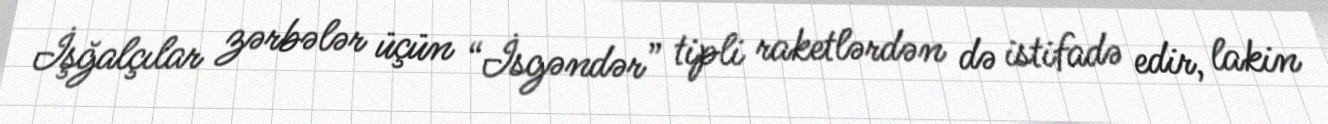
İşğalçılar zərbələr üçün “İsgəndər” tipli raketlərdən də istifadə edir, lakin